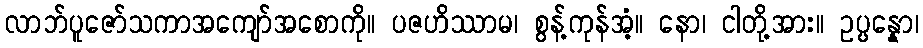
လာဘ်ပူဇော်သကာအကျော်အစောကို။ ပဇဟိဿာမ၊ စွန့်ကုန်အံ့။ နော၊ ငါတို့အား။ ဥပ္ပန္နော၊